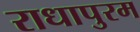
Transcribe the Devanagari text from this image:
राधापुरम